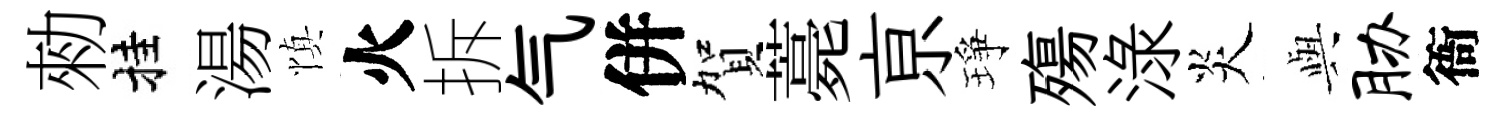
勑挂湯慎火拆气併賀薧亰琤殤渌炎𫤰胁衙